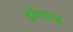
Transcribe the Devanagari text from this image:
ट्रॉयएज